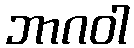
ဘာဂဝါ